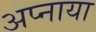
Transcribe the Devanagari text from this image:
अप्नाया